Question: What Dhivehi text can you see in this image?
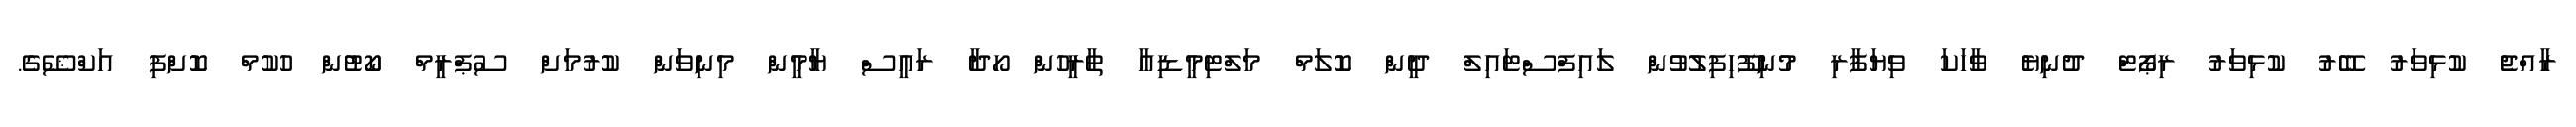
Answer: ރާއްޖެ ކުޅިވަރު ބޭރު ކުޅިވަރު ރިޕޯޓް ދުނިޔެ ވާހަކަ ވިޔަފާރި މުނިފޫހިފިލުވުން ލައިފްސްޓައިލް ދީން ކޮލަމް މަލްޓިމީޑިއާ ތާރީހުން ހޯދާ ރައީސް ޔާމީން މިނިވަން ކުރުމަށް ސުޕްރީމް ކޯޓުން ހުކުމް ކޮށްފި އަކްޝޭގެ.